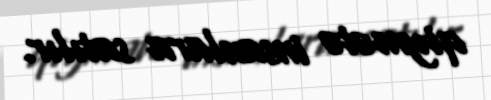
qiymətə insanlara satılır.